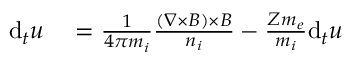
\begin{array} { r l } { \mathrm { d } _ { t } \boldsymbol { u } } & { { } = \frac { 1 } { 4 \pi m _ { i } } \frac { ( \nabla \times \boldsymbol { B } ) \times \boldsymbol { B } } { n _ { i } } - \frac { Z m _ { e } } { m _ { i } } \mathrm { d } _ { t } \boldsymbol { u } } \end{array}